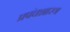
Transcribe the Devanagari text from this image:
प्रपंचशास्त्र